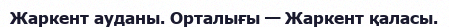
Жаркент ауданы. Орталығы — Жаркент қаласы.